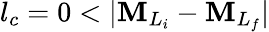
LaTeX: {l}_{c}=0<\vert{\mathbf{M}}_{{L}_{i}}-{\mathbf{M}}_{{L}_{f}}\vert